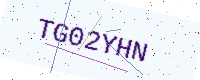
Text: TG02YHN